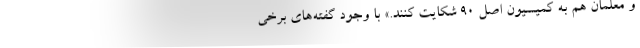
و معلمان هم به کمیسیون اصل ۹۰ شکایت کنند.» با وجود گفته‌های برخی